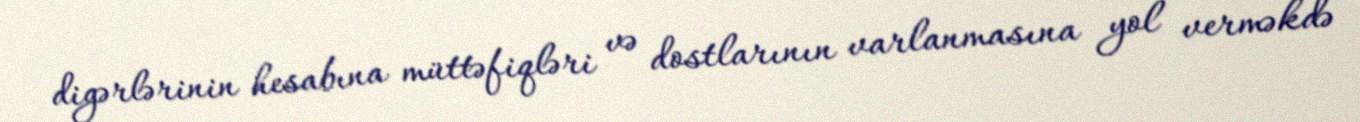
digərlərinin hesabına müttəfiqləri və dostlarının varlanmasına yol verməkdə